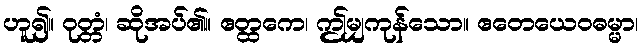
ဟူ၍။ ဝုတ္တံ၊ ဆိုအပ်၏။ ဧတ္ထကေ၊ ဤမျှကုန်သော။ ဧတေယေဝဓမ္မာ၊